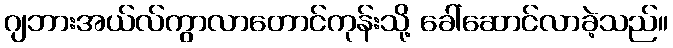
ဂျဘားအယ်လ်ကွာလာတောင်ကုန်းသို့ ခေါ်ဆောင်လာခဲ့သည်။